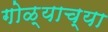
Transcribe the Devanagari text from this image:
गोळ्याच्या